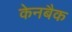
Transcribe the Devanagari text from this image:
केनबैक